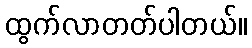
ထွက်လာတတ်ပါတယ်။